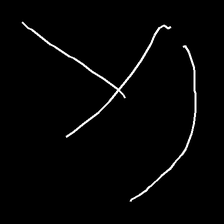
Glyph: dispersion